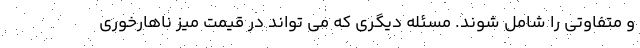
و متفاوتی را شامل شوند. مسئله دیگری که می تواند در قیمت میز ناهارخوری